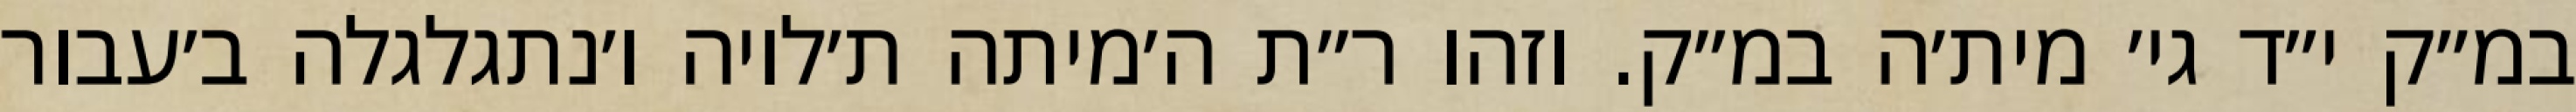
במ״ק י״ד גי׳ מית׳ה במ״ק. וזהו ר״ת ה׳מיתה ת׳לויה ו׳נתגלגלה ב׳עבור